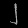
Digit: ၂